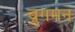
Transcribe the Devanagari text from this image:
ब्रुगमन